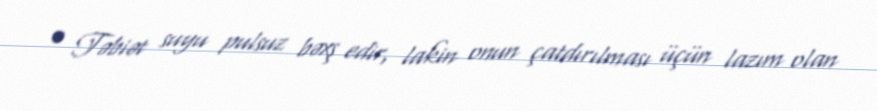
• Təbiət suyu pulsuz bəxş edir, lakin onun çatdırılması üçün lazım olan